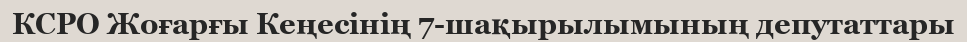
КСРО Жоғарғы Кеңесінің 7-шақырылымының депутаттары